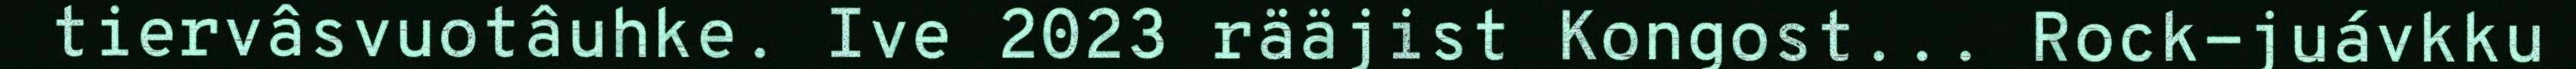
tiervâsvuotâuhke. Ive 2023 rääjist Kongost... Rock-juávkku